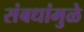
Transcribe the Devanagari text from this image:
संबधांमुळे